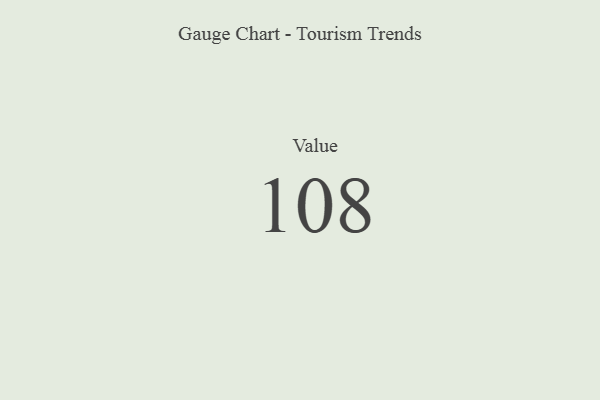
{"axis": {"x": "Metric", "y": "Value"}, "legend": [""], "data": [{"x": "Value", "y": 108, "type": ""}]}